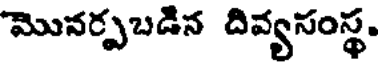
మొనర్పబడిన దివ్యసంస్థ.